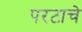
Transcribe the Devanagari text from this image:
परटाचे